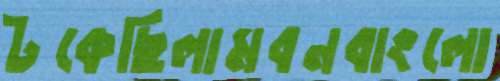
টকেছিলামবনবাংলো